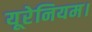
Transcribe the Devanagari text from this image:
यूरेनियम।